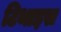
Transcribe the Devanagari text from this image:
टिथाइस